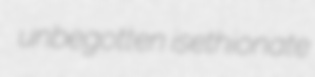
unbegotten isethionate